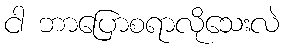
ငါ ဘာပြောစရာလိုသေးလဲ